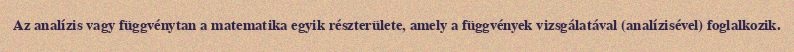
Az analízis vagy függvénytan a matematika egyik részterülete, amely a függvények vizsgálatával (analízisével) foglalkozik.